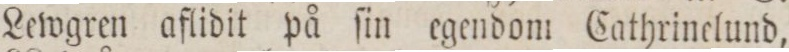
Lewgren aflidit på ſin egendom Cathrinelund,